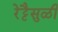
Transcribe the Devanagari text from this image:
रेट्टैसुळी